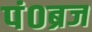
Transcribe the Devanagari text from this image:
पं०ब्रज